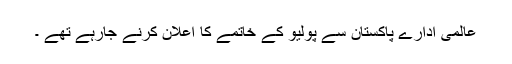
عالمی ادارے پاکستان سے پولیو کے خاتمے کا اعلان کرنے جارہے تھے ۔